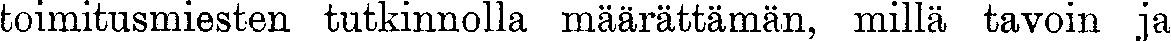
toimitusmiesten tutkinnolla määrättämän, millä tavoin ja